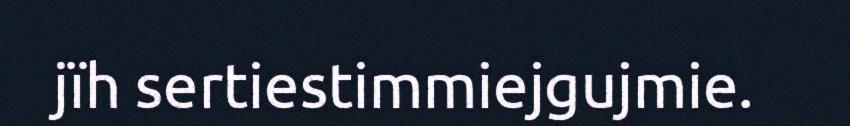
jïh sertiestimmiejgujmie.